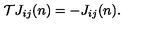
{ \cal T } J _ { i j } ( n ) = - J _ { i j } ( n ) .